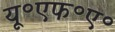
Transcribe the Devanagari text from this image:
यू॰एफ॰ए॰